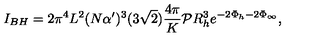
I _ { B H } = 2 \pi ^ { 4 } L ^ { 2 } ( N \alpha ^ { \prime } ) ^ { 3 } ( 3 \sqrt { 2 } ) \frac { 4 \pi } { K } { \cal P } R _ { h } ^ { 3 } e ^ { - 2 \Phi _ { h } - 2 \Phi _ { \infty } } ,